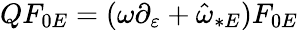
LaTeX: QF_{0E}=(\omega\partial_{\varepsilon}+{\hat{\omega}}_{\ast E})F_{0E}